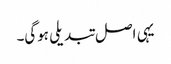
یہی اصل تبدیلی ہوگی۔